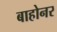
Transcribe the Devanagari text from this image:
बाहोनर